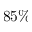
8 5 \%